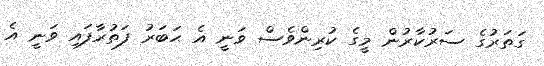
ގަތަރުގެ ސަރުކާރުން މީގެ ކުރިންވެސް ވަނީ އެ ޙަބަރު ފަތުރާފައި ވަނީ އެ